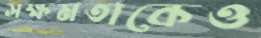
সক্ষমতাকেও